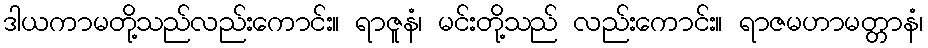
ဒါယကာမတို့သည်လည်းကောင်း။ ရာဇူနံ၊ မင်းတို့သည် လည်းကောင်း။ ရာဇမဟာမတ္တာနံ၊